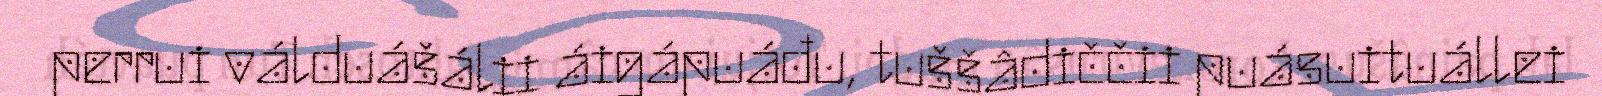
perrui válduášálii áigápuáđu, tuššâdiččii puásuituállei